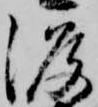
渡